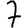
Digit: 7